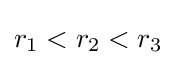
r_{1}<r_{2}<r_{3}